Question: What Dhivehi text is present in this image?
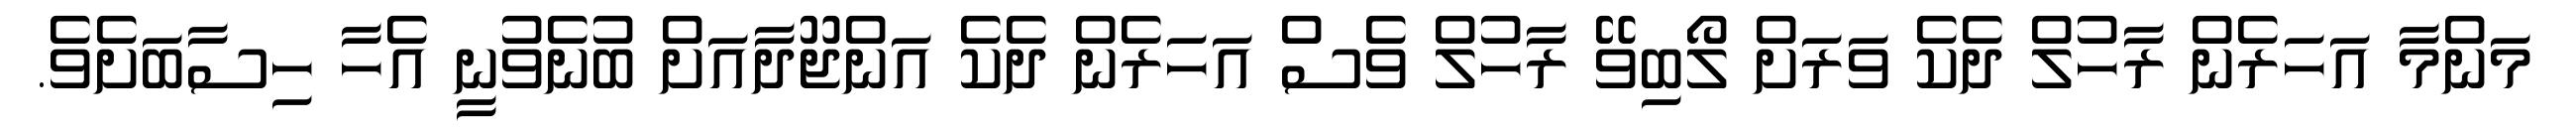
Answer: މަންމާ އަހަރެން ރާހުލް ދެކެ ވަރަށް ލޯބިވޭ ރާހުލް ވެސް އަހަރެން ދެކެ އަންޖޫދާއަށް ބުނެވުނީ އެހާ ހިސާބަށެވެ.